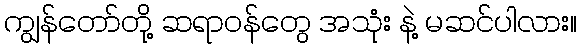
ကျွန်တော်တို့ ဆရာဝန်တွေ အသုံး နဲ့ မဆင်ပါလား။